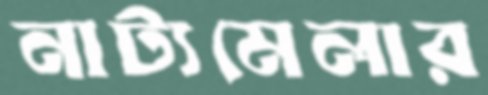
নাট্যমেলার